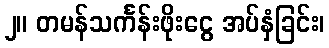
၂။ တမန်သင်္ကန်းဖိုးငွေ အပ်နှံခြင်း၊